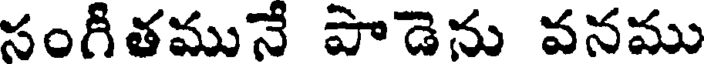
సంగితమునే పాడెను వనము